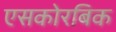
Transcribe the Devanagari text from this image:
एसकोरबिक